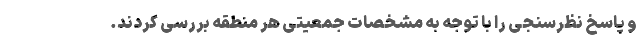
و پاسخ نظرسنجی را با توجه به مشخصات جمعیتی هر منطقه بررسی کردند.